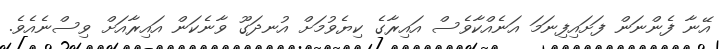
އޭނާ ފެންނަން ފަށައިފިނަމަ އަނެއްކާވެސް އައިރާގެ ކިޔެވުމަށް އުނދަގޫ ވާނެކަން އައިރާއަށް ވިސްނެއެވެ.